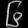
Digit: ၆